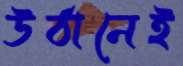
উঠানেই